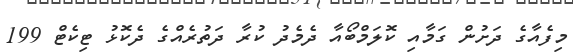
މިފެއާގެ ދަށުން ގަމާއި ކޮލަމްބޯއާ ދެމެދު ކުރާ ދަތުރެއްގެ ދެކޮޅު ޓިކެޓް 199